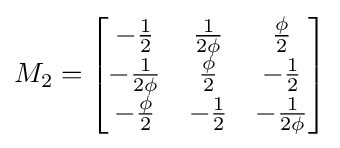
M_{2}={\begin{bmatrix}-{\frac {1}{2}}&{\frac {1}{2\phi }}&{\frac {\phi }{2}}\\-{\frac {1}{2\phi }}&{\frac {\phi }{2}}&-{\frac {1}{2}}\\-{\frac {\phi }{2}}&-{\frac {1}{2}}&-{\frac {1}{2\phi }}\end{bmatrix}}